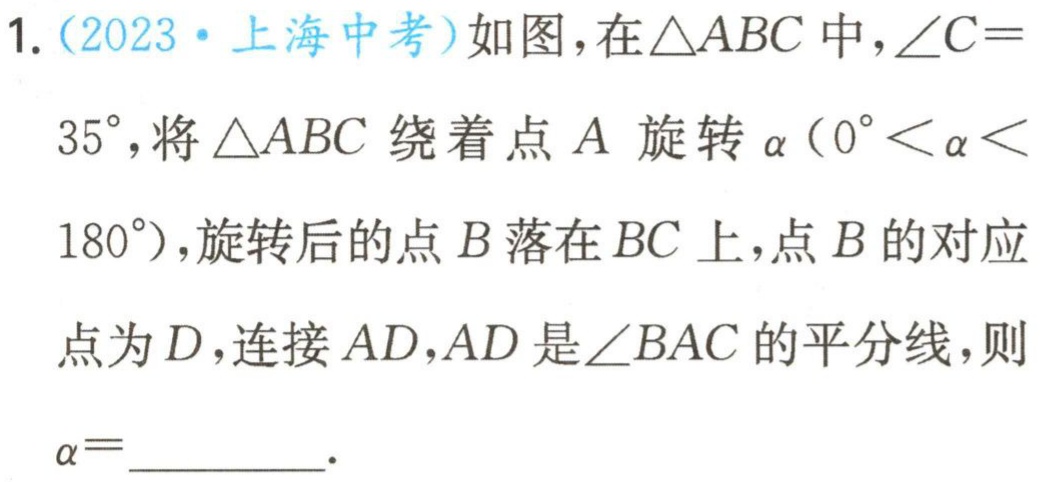
1.（2023·上海中考）如图，在\(\triangle ABC\)中，\(\angle C = 35^{\circ}\)，将\(\triangle ABC\)绕着点\(A\)旋转\(\alpha(0^{\circ}<\alpha< 180^{\circ})\)，旋转后的点\(B\)落在\(BC\)上，点\(B\)的对应点为\(D\)，连接\(AD\)，\(AD\)是\(\angle BAC\)的平分线，则\(\alpha =\)_________.